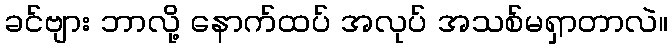
ခင်ဗျား ဘာလို့ နောက်ထပ် အလုပ် အသစ်မရှာတာလဲ။